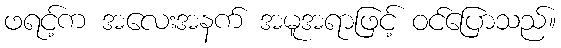
ဖရင့်က အလေးအနက် အမူအရာဖြင့် ဝင်ပြောသည်။